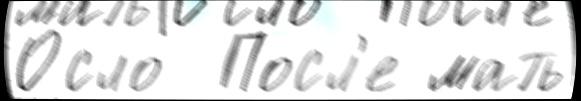
О́сло  Посл'е мать